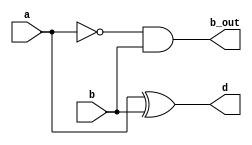
module half(a,b,d,b_out);
input a,b;
output d,b_out;
assign d=a^b;
assign b_out=~a&b;
endmodule